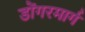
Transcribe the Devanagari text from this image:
डोंगरमार्ग